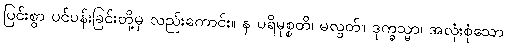
ပြင်းစွာ ပင်ပန်းခြင်းတို့မှ လည်းကောင်း။ န ပရိမုစ္စတိ၊ မလွတ်။ ဒုက္ခသ္မာ၊ အလုံးစုံသော